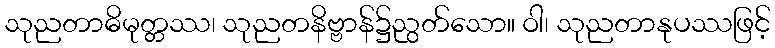
သုညတာဓိမုတ္တဿ၊ သုညတနိဗ္ဗာန်၌ညွတ်သော။ ဝါ၊ သုညတာနုပဿဖြင့်